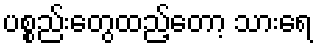
ပစ္စည်းတွေထည့်တော့ သားရေ